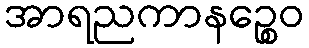
အာရညကာနဉ္စေဝ